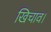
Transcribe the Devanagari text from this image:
खिचाव।